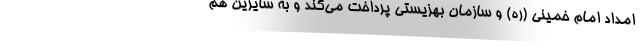
امداد امام خمینی (ره) و سازمان بهزیستی پرداخت می‌کند و به سایرین هم